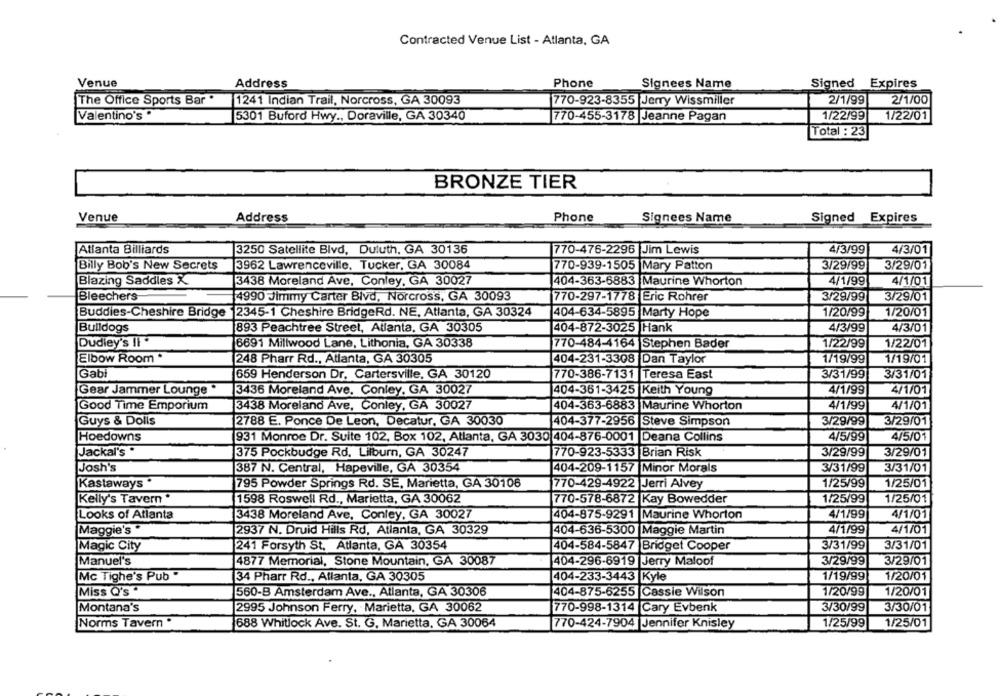
Contracted Venue List - Atlanta, GA
Venue
Address
Signees Name
Signed Expires
Phone
The Office Sports Bar "
1241 Indian Trail, Norcross, GA 30093
770-923-8355 Jerry Wissmiller
2/1/99
2/1/00
Valentino's "
5301 Buford Hwy ., Doraville, GA 30340
770-455-3178 |Jeanne Pagan
1/22/99
1/22/01
Total : 23
BRONZE TIER
Venue
Address
Phone
Signees Name
Signed Expires
Atlanta Billiards
3250 Satellite Blvd, Duluth, GA 30136
4/3/99
4/3/01
770-476-2296 Jim Lewis
Billy Bob's New Secrets
3962 Lawrenceville, Tucker, GA 30084
770-939-1505 Mary Patton
3/29/99
3/29/01
Blazing Saddles X
3438 Moreland Ave, Conley, GA 30027
404-363-6883 |Maurine Whorton
4/1/99
4/1/01
Bleechers
4990 Jimmy Carter Blvd, Norcross, GA 30093
770-297-1778 Eric Rohrer
3/29/99
3/29/01
Buddies-Cheshire Bridge |2345-1 Cheshire BridgeRd. NE, Atlanta, GA 30324
404-634-5895 Marty Hope
1/20/99
1/20/01
Bulldogs
893 Peachtree Street, Atlanta, GA 30305
404-872-3025 Hank
4/3/99
4/3/01
Dudiey's Il *
6691 Millwood Lane, Lithonia, GA 30338
770-484-4164 Stephen Bader
1/22/99
1/22/01
Elbow Room .
248 Pharr Rd ., Atlanta, GA 30305
404-231-3308 Dan Taylor
1/19/99
1/19/01
Gabi
659 Henderson Dr. Cartersville, GA 30120
770-386-7131 Teresa East
3/31/99
3/31/01
Gear Jammer Lounge *
4/1/99
13436 Moreland Ave. Conley, GA 30027
404-361-3425 Keith Young
4/1/01
Good Time Emporium
3438 Moreland Ave, Conley, GA 30027
404-363-6883 Maurine Whorton
4/1/99
4/1/01
Guys & Dolls
2788 E. Ponce De Leon, Decatur, GA 30030
404-377-2956 Steve Simpson
3/29/99
3/29/01
Hoedowns
931 Monroe Dr. Suite 102, Box 102, Atlanta, GA 3030 404-876-0001 Deana Collins
4/5/99
4/5/01
Jackal's "
3/29/99
3/29/01
375 Pockbudge Rd. Lilburn, GA 30247
770-923-5333 |Brian Risk
Josh's
387 N. Central, Hapeville, GA 30354
404-209-1157 Minor Morals
3/31/99
3/31/01
Kastaways
795 Powder Springs Rd. SE, Marietta, GA 30106
770-429-4922 Jerri Alvey
1/25/99
1/25/01
Kelly's Tavern *
1598 Roswell Rd ., Marietta, GA 30062
770-578-6872 Kay Bowedder
1/25/99
1/25/01
4/1/99
4/1/01
Looks of Atlanta
3438 Moreland Ave, Conley, GA 30027
404-875-9291 Maurine Whorton
Maggie's *
2937 N. Druid Hills Rd, Atlanta, GA 30329
1404-636-5300 Maggie Martin
4/1/99
4/1/01
Magic City
241 Forsyth St. Atlanta, GA 30354
404-584-5847 Bridget Cooper
3/31/99
3/31/01
Manuel's
4877 Memorial, Stone Mountain, GA 30087
404-296-6919 |Jerry Maloof
3/29/99
3/29/01
Mc Tighe's Pub "
34 Pharr Rd ., Atlanta, GA 30305
1/19/99
1/20/01
404-233-3443 Kyle
1/20/99
Miss Q's
560-B Amsterdam Ave ., Atlanta, GA 30306
404-875-6255 Cassie Wilson
1/20/01
Montana's
2995 Johnson Ferry, Marietta, GA 30062
770-998-1314 Cary Evbenk
3/30/99
3/30/01
Norms Tavern "
688 Whitlock Ave. St. G. Marietta, GA 30064
770-424-7904|Jennifer Knisley
1/25/99
1/25/01